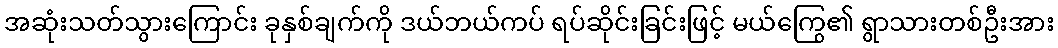
အဆုံးသတ်သွားကြောင်း ခုနှစ်ချက်ကို ဒယ်ဘယ်ကပ် ရပ်ဆိုင်းခြင်းဖြင့် မယ်ကြွေ၏ ရွာသားတစ်ဦးအား